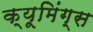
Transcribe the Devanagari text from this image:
क्यूमिंग्स